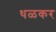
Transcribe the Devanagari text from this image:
थळकर